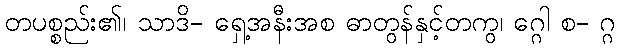
တပစ္စည်း၏၊ သာဒိ- ရှေ့အနီးအစ ဓာတွန်နှင့်တကွ၊ ဂ္ဂေါ စ- ဂ္ဂ